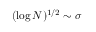
( \log N ) ^ { 1 / 2 } \sim \sigma